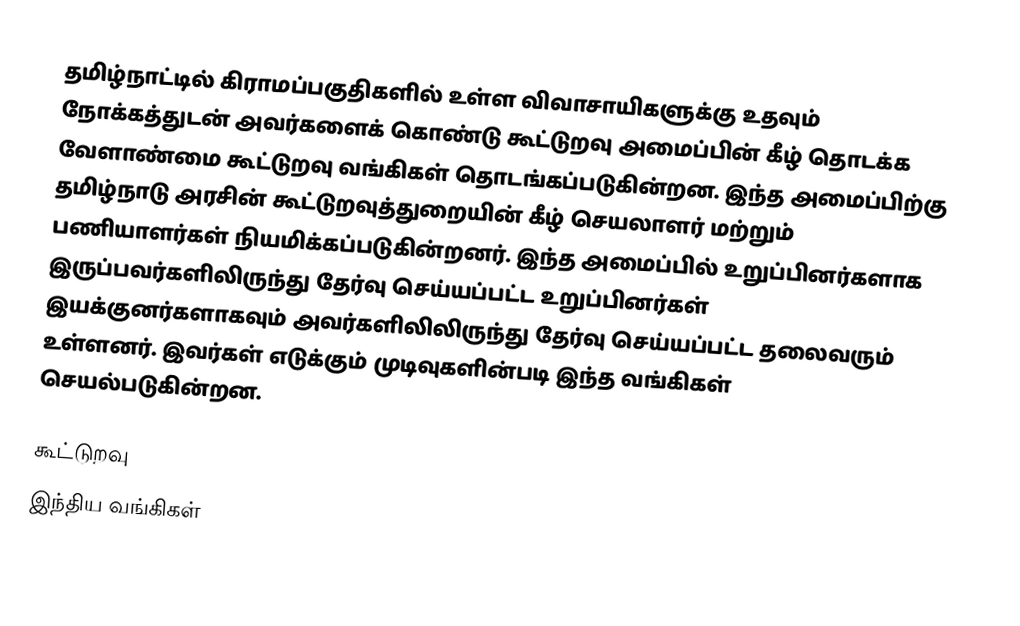
தமிழ்நாட்டில் கிராமப்பகுதிகளில் உள்ள விவாசாயிகளுக்கு உதவும் நோக்கத்துடன் அவர்களைக் கொண்டு கூட்டுறவு அமைப்பின் கீழ் தொடக்க வேளாண்மை கூட்டுறவு வங்கிகள் தொடங்கப்படுகின்றன. இந்த அமைப்பிற்கு தமிழ்நாடு அரசின் கூட்டுறவுத்துறையின் கீழ் செயலாளர் மற்றும் பணியாளர்கள் நியமிக்கப்படுகின்றனர். இந்த அமைப்பில் உறுப்பினர்களாக இருப்பவர்களிலிருந்து தேர்வு செய்யப்பட்ட உறுப்பினர்கள் இயக்குனர்களாகவும் அவர்களிலிலிருந்து தேர்வு செய்யப்பட்ட தலைவரும் உள்ளனர். இவர்கள் எடுக்கும் முடிவுகளின்படி இந்த வங்கிகள் செயல்படுகின்றன.

 கூட்டுறவு
இந்திய வங்கிகள்